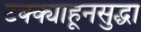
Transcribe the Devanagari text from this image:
टक्क्याहूनसुद्धा